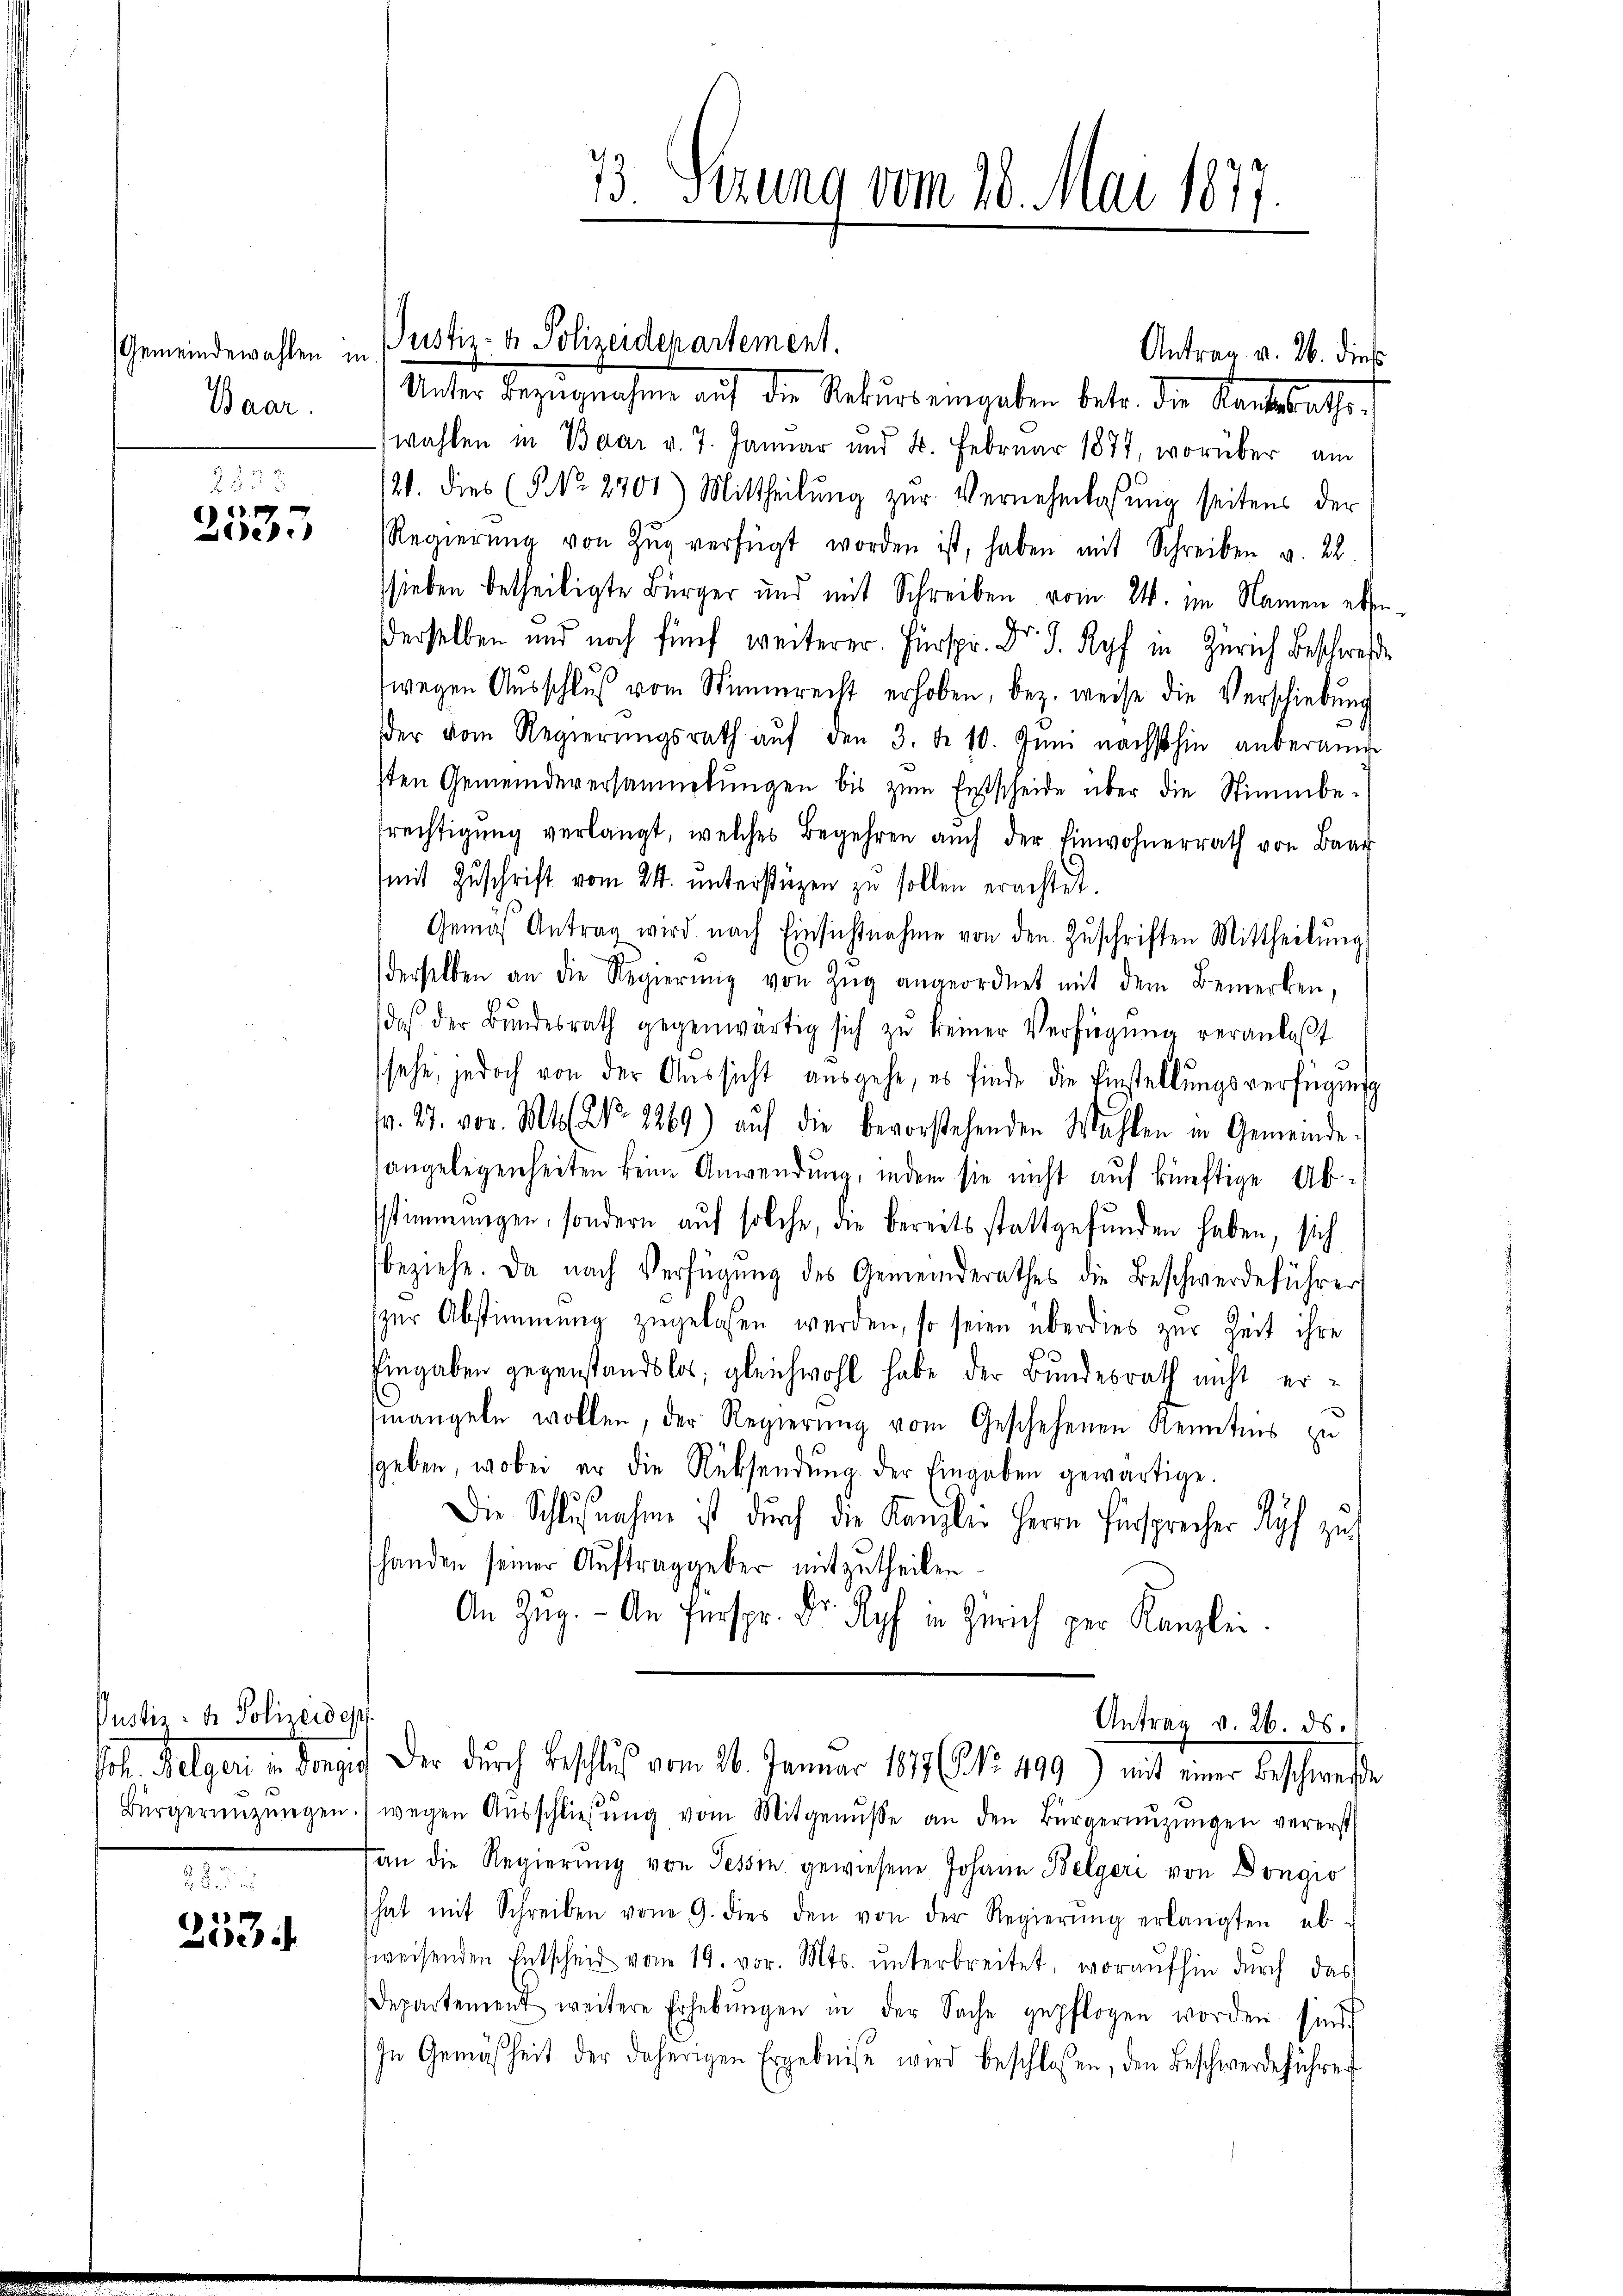
Gemeindewahlen in
Baar.

2233
 0 f 0 x
Zeer

Justiz- & Polizeides
sit. Galges. v. M.
Bürgeringungen.

m
e

Justiz- & Polizeidepartement.

73 Serung vom 18. Mai 1877.

Antrag v. 26. dies
Unter Bezugnahme auf die Rekurs eingaben betr. die Kantsrathe
(wahlen in Baar v. 7. Januar und 4. Februar 1877, worüber am
21. dies (§ No. 2901) Mittheilung zur Vernehmlassung seitens der
Regierŭng von Zŭg verfügt worden ist, haben mit Schreiben v. 22.
shieben betheiligte Bürger und mit Schreiben vom 24. im Namen ebe
derselben und noch fünf weiterer. Fürspr. Dr. J. Ryf in Zürich Beschwerde
wegen Aŭsschlŭβ vom Stimmrecht erhoben, bez. weise die Verschiebung
der vom Regierŭngsrath aŭf den 3. d. 10. Jŭni nächsthin anberam
sten Gemeindeversammlungen bis zum Entscheide über die Stimmberechtigŭng verlangt, welches Begehren aŭch der Einwohnerrath von Baar
mit Zuschrift vom 24. unterstüzen zu sollen erachtet.
Gemäß Antrag wird nach Einsichtnahme von den Zuschriften Mittheilŭng
derselben an die Regierŭng von Zŭg angeordnet mit dem Bemerken,
daß der Bŭndesrath gegenwärtig sich zŭ keiner Verfügŭng veranlaβt
sehe, jedoch von der Aŭssicht ausgehe, es finde die Einstellŭngsverfügung
v. 27. vor. Mts. No. 1269) auf die bevorstehenden Wahlen in Gemeindeangelegenheiten keine Anwendung, indem sie nicht auf künftige Absstimmungen, sondern auf solche, die bereitsstattgefunden haben, sich
beziehe. Da nach Verfügung des Gemeinderathes die Beschwerdeführer
zur Abstimmung zugelassen werden, so seien überdies zur Zeit ihre
Eingaben gegenstandslos, gleichwohl habe der Bundesrath nicht ermangeln wollen, der Regierung vom Geschehenen Kenntnis zu
geben, wobei er die Rücksendŭng der Eingaben gewärtige.
Die Schlußnahme ist durch die Kanzlei Herrn Fürsprecher dich zu
shanden seiner Auftraggeber mitzutheilen.
An Zŭg. - An Fürspr. Dr. Ryf in Zürich per Kanzlei.
Antrag v. 26. ds.
Der durch Beschluß vom 26. Januar 187 (No. 499) mit einer beschweste
wegen Aŭsschlieβŭng vom Mitgenŭsse an den Bürgernŭzŭngen vererst
an die Regierŭng von Tessin, gewiesene Johann Belgeri von Dongio
hat mit Schreiben von 9. dies den von der Regierŭng erlangten ab
weisenden Entscheid vom 19. vor. Mts. unterbreitet, woraufhin durch das
Departement weitere Erhebŭngen in der Sache gepflogen worden sind.
In Gemäsheit der daherigen Ergebniße wird beschlossen, den Beschwerdeführer